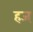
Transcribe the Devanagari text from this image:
हज्